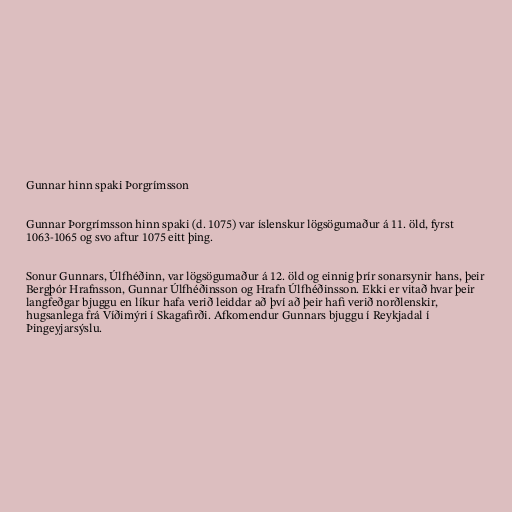
Gunnar hinn spaki Þorgrímsson

Gunnar Þorgrímsson hinn spaki (d. 1075) var íslenskur lögsögumaður á 11. öld, fyrst
1063-1065 og svo aftur 1075 eitt þing.

Sonur Gunnars, Úlfhéðinn, var lögsögumaður á 12. öld og einnig þrír sonarsynir hans, þeir
Bergþór Hrafnsson, Gunnar Úlfhéðinsson og Hrafn Úlfhéðinsson. Ekki er vitað hvar þeir
langfeðgar bjuggu en líkur hafa verið leiddar að því að þeir hafi verið norðlenskir,
hugsanlega frá Víðimýri í Skagafirði. Afkomendur Gunnars bjuggu í Reykjadal í
Þingeyjarsýslu.